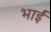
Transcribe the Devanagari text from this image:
भाईं